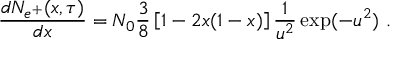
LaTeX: \frac { d N _ { e ^ { + } } ( x , \tau ) } { d x } = N _ { 0 } \frac { 3 } { 8 } \left[ 1 - 2 x ( 1 - x ) \right] \frac { 1 } { u ^ { 2 } } \exp ( - u ^ { 2 } ) \ .